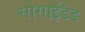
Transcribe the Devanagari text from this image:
सोसाईडैड